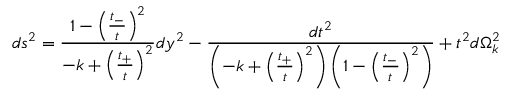
d s ^ { 2 } = \frac { 1 - \left( \frac { t _ { - } } { t } \right) ^ { 2 } } { - k + \left( \frac { t _ { + } } { t } \right) ^ { 2 } } d y ^ { 2 } - \frac { d t ^ { 2 } } { \left( - k + \left( \frac { t _ { + } } { t } \right) ^ { 2 } \right) \left( 1 - \left( \frac { t _ { - } } { t } \right) ^ { 2 } \right) } + t ^ { 2 } d \Omega _ { k } ^ { 2 }